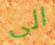
الى